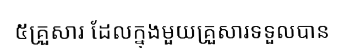
៥គ្រួសារ ដែលក្នុងមួយគ្រួសារទទួលបាន